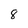
Character: 8